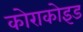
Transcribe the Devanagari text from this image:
कोराकोइड